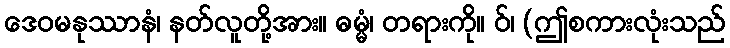
ဒေဝမနုဿာနံ၊ နတ်လူတို့အား။ ဓမ္မံ၊ တရားကို။ ဝ်၊ (ဤစကားလုံးသည်